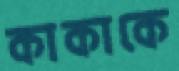
কাকাকে